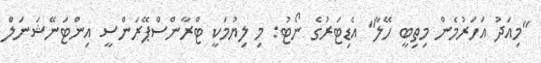
"މިއަދު އަހަރުމެން މިތިބީ ހޭލާ" އެޑިޓަރުގެ ނޯޓު: މި ލިޔުމަކީ ޓްރާންސްޕޭރަންސީ އިންޓަނޭޝަނަލް